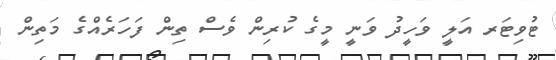
ޓުވިޓަރ އަލީ ވަހީދު ވަނީ މީގެ ކުރިން ވެސް ތިން ފަހަރެއްގެ މަތިން